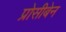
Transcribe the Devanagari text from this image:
प्रोसीबेन